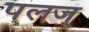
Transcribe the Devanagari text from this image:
पलज्